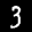
Label: 3